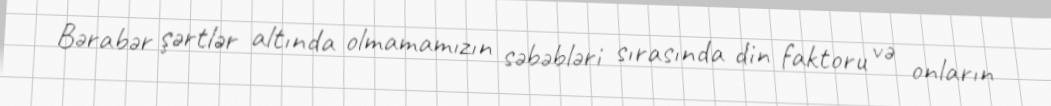
Bərabər şərtlər altında olmamamızın səbəbləri sırasında din faktoru və onların